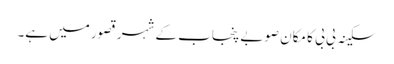
سکینہ بی بی کا مکان صوبے پنجاب کے شہر قصور میں ہے۔